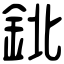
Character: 鉳